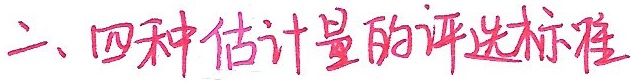
二、四种估计量的评选标准